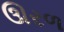
ઊરળ